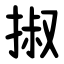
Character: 掓